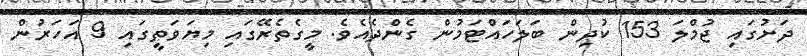
ދަށުގައި ޖުމްލަ 153 ކުދިން ބަލަހައްޓަމުން ގެންދެއެވެ. މީގެތެރޭގައި މިޔަވަތީގައި 9 އަހަރުން